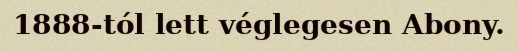
1888-tól lett véglegesen Abony.